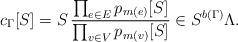
LaTeX: \begin{align*}c_\Gamma[S]=S\, \frac{\prod_{e\in E} p_{m(e)}[S]}{\prod_{v\in V} p_{m(v)}[S]} \in S^{b(\Gamma)}\Lambda.\end{align*}